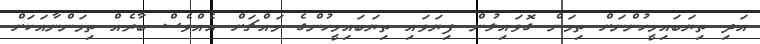
އަދި ތިޔަބައިމީހުންނަށް ތިމަން ގޮވައިލުން ފިޔަވައި ތިޔަބައިމީހުންގެ މައްޗަށް އެއްވެސް ބާރެއް ތިމަންނާއަކަށް